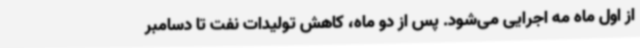
از اول ماه مه اجرایی می‌شود. پس از دو ماه،‌ کاهش تولیدات نفت تا دسامبر